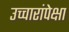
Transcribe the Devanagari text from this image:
उच्चारांपेक्षा